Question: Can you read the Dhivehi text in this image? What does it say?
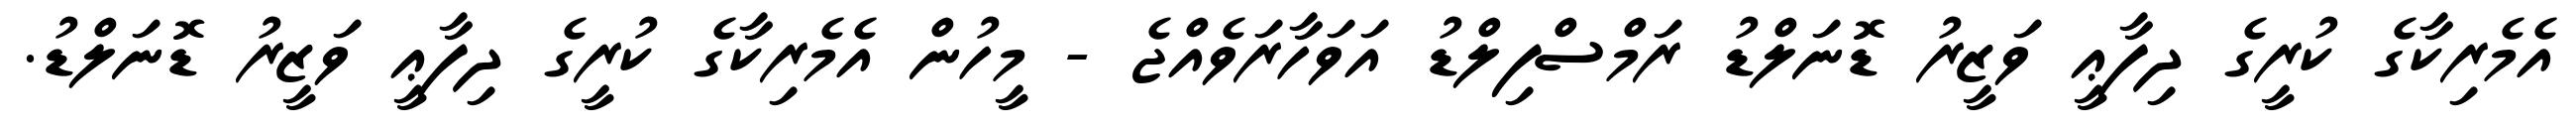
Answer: އެމެރިކާގެ ކުރީގެ ދިފާޢީ ވަޒީރު ޑޮނަލްޑު ރަމްސްފިލްޑު އަވަހާރަވެއްޖެ - މީހުން އެމެރިކާގެ ކުރީގެ ދިފާޢީ ވަޒީރު ޑޮނަލްޑު.